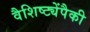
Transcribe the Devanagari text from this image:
वैशिष्ट्येंपैकी